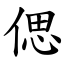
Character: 偲